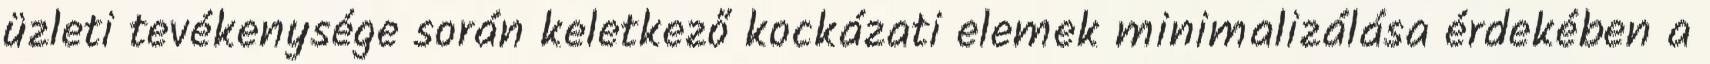
üzleti tevékenysége során keletkező kockázati elemek minimalizálása érdekében a